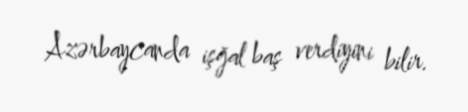
Azərbaycanda işğal baş verdiyini bilir.